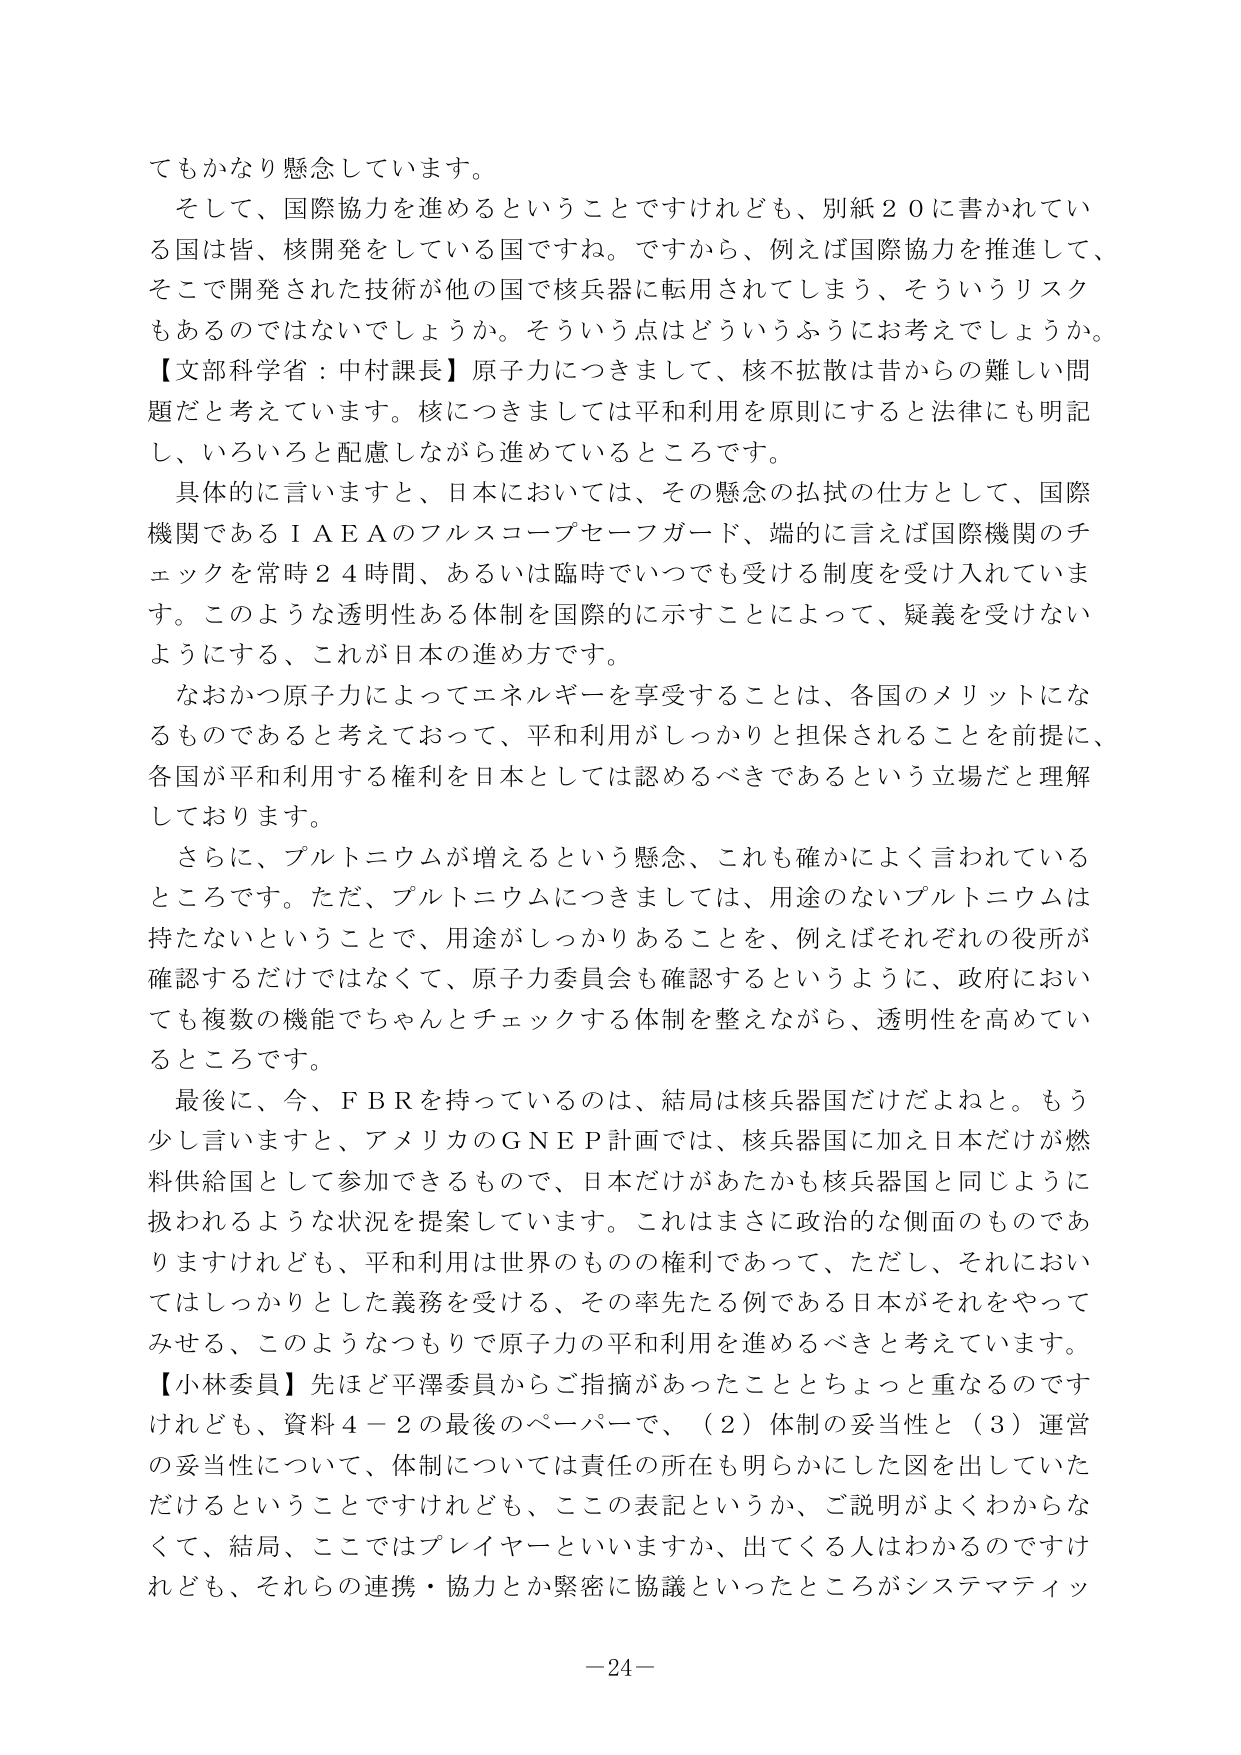
てもかなり懸念しています。

そして、国際協力を進めるということですけれども、別紙２０に書かれている国は皆、核開発をしている国ですね。ですから、例えば国際協力を推進して、そこで開発された技術が他の国で核兵器に転用されてしまう、そういうリスクもあるのではないでしょうか。そういう点はどういうふうにお考えでしょうか。

【文部科学省：中村課長】原子力につきまして、核不拡散は昔からの難しい問題だと考えています。核につきましては平和利用を原則にすると法律にも明記し、いろいろと配慮しながら進めているところです。

具体的に言いますと、日本においては、その懸念の払拭の仕方として、国際機関であるＩＡＥＡのフルスコープセーフガード、端的に言えば国際機関のチェックを常時２４時間、あるいは臨時でいつでも受ける制度を受け入れています。このような透明性ある体制を国際的に示すことによって、疑義を受けないようにする、これが日本の進め方です。

なおかつ原子力によってエネルギーを享受することは、各国のメリットになるものであると考えておって、平和利用がしっかりと担保されることを前提に、各国が平和利用する権利を日本としては認めるべきであるという立場だと理解しております。

さらに、プルトニウムが増えるという懸念、これも確かによく言われているところです。ただ、プルトニウムにつきましては、用途のないプルトニウムは持たないということで、用途がしっかりあることを、例えばそれぞれの役所が確認するだけではなくて、原子力委員会も確認するというように、政府においても複数の機能でちゃんとチェックする体制を整えながら、透明性を高めているところです。

最後に、今、ＦＢＲを持っているのは、結局は核兵器国だけだよねと。もう少し言いますと、アメリカのＧＮＥＰ計画では、核兵器国に加え日本だけが燃料供給国として参加できるもので、日本だけがあたかも核兵器国と同じように扱われるような状況を提案しています。これはまさに政治的な側面のものでありますけれども、平和利用は世界のものの権利であって、ただし、それにおいてはしっかりとした義務を受ける、その率先する例である日本がそれをやってみせる、このようなつもりで原子力の平和利用を進めるべきと考えています。

【小林委員】先ほど平澤委員からご指摘があったこととちょっと重なるのですけれども、資料４－２の最後のペーパーで、（２）体制の妥当性と（３）運営の妥当性について、体制については責任の所在も明らかにした図を出していただけるということですけれども、この表記というか、ご説明がよくわからなくて、結局、ここではプレイヤーといいますか、出てくる人はわかるのですけれども、それらの連携・協力とか緊密に協議といったところがシステマティッ

－24－